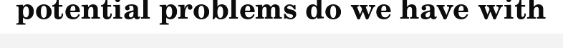
potential problems do we have with